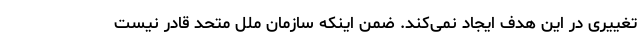
تغییری در این هدف ایجاد نمی‌کند. ضمن اینکه سازمان ملل متحد قادر نیست